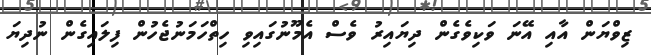
ޒިވްޔަން އާއި އޭނަ ވަކިވެގެން ދިޔައިރު ވެސް އެމޫނުގައިވި ހިތްހަމަނުޖެހުން ފިލައިގެން ނުދިޔަ